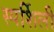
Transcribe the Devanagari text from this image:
स्पर्शिली